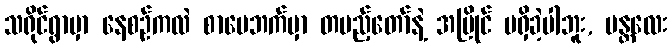
သရိုင်ရွာမှာ နေစဉ်ကလဲ စာပေဘက်မှာ တပည့်တော်နဲ့ အပြိုင် မရှိခဲ့ပါဘူး, မန္တလေး